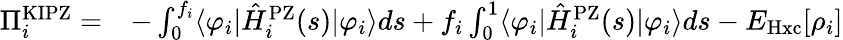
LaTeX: \begin{array}{rl}{\Pi_{i}^{\mathrm{KIPZ}}=}&{-\int_{0}^{f_{i}}\langle\varphi_{i}|\hat{H}_{i}^{\mathrm{PZ}}(s)|\varphi_{i}\rangle ds+f_{i}\int_{0}^{1}\langle\varphi_{i}|\hat{H}_{i}^{\mathrm{PZ}}(s)|\varphi_{i}\rangle ds-E_{\mathrm{Hxc}}[\rho_{i}]}\end{array}